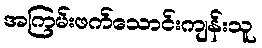
အကြမ်းဖက်သောင်းကျန်းသူ